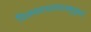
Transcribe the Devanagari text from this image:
विलसतस्तावत्समुज्जृंभते